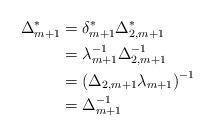
LaTeX: \begin{align*} \Delta_{m+1}^{*} &= \delta_{m+1}^{*} \Delta_{2,m+1}^{*}\\ &= \lambda_{m+1}^{-1} \Delta_{2,m+1}^{-1}\\ &= \left( \Delta_{2,m+1} \lambda_{m+1} \right)^{-1} \\ &= \Delta_{m+1}^{-1} \end{align*}